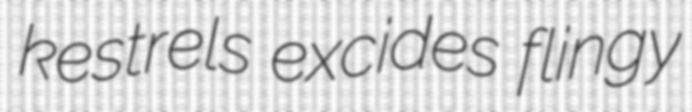
kestrels excides flingy